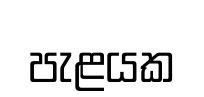
පැළයක